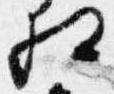
相